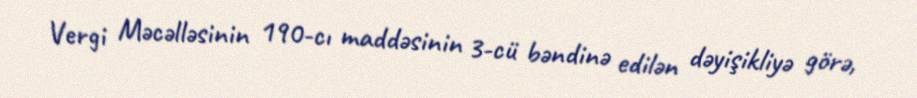
Vergi Məcəlləsinin 190-cı maddəsinin 3-cü bəndinə edilən dəyişikliyə görə,